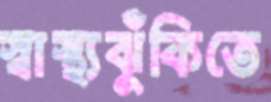
স্বাস্থ্যঝুঁকিতে